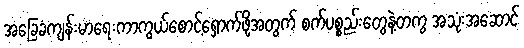
အခြေခံကျန်းမာရေးကာကွယ်စောင့်ရှောက်ဖို့အတွက် စက်ပစ္စည်းတွေနဲ့တကွ အသုံးအဆောင်